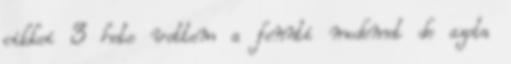
cikkei 3 hete vettem a fennti modemet de azota